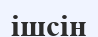
ішсін